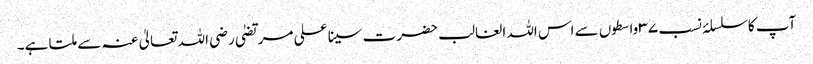
آپ کا سلسلۂ نسب ۳۷ واسطوں سے اس اللہ الغالب حضرت سینا علی مرتضیٰ رضی اللہ تعالیٰ عنہ سے ملتا ہے۔